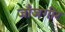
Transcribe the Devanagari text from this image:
जाँजगीर